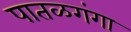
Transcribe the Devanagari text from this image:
पातळगंगा